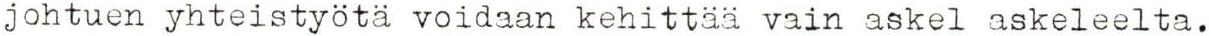
johtuen yhteistyötä voidaan kehittää vain askel askeleelta.